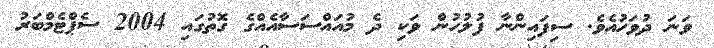
ވަނަ ދުވަހުއެވެ. ސިފައިންނާ ފުލުހުން ވަކި ދެ މުއައްސަސާއެއްގެ ގޮތުގައި 2004 ސެޕްޓެމްބަރު